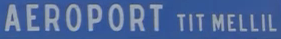
AEROPORT TIT MELLIL